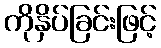
ကိုနှိပ်ခြင်းဖြင့်